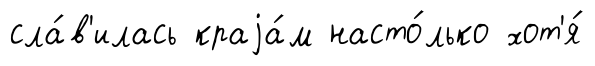
сла́в'илась краjа́м насто́лько хот'я́